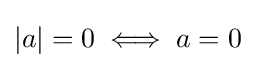
|a|=0\iff a=0